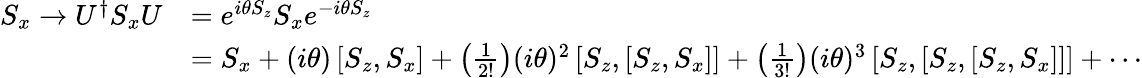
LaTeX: {\begin{array}{rl}{S_{x}\rightarrow U^{\dagger}S_{x}U}&{=e^{i\theta S_{z}}S_{x}e^{-i\theta S_{z}}}\\ &{=S_{x}+(i\theta)\left[S_{z},S_{x}\right]+\left({\frac{1}{2!}}\right)(i\theta)^{2}\left[S_{z},\left[S_{z},S_{x}\right]\right]+\left({\frac{1}{3!}}\right)(i\theta)^{3}\left[S_{z},\left[S_{z},\left[S_{z},S_{x}\right]\right]\right]+\cdots}\end{array}}